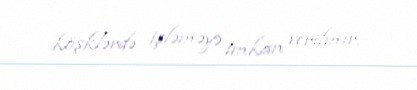
köşklərdə işləməyə imkan verilmir.